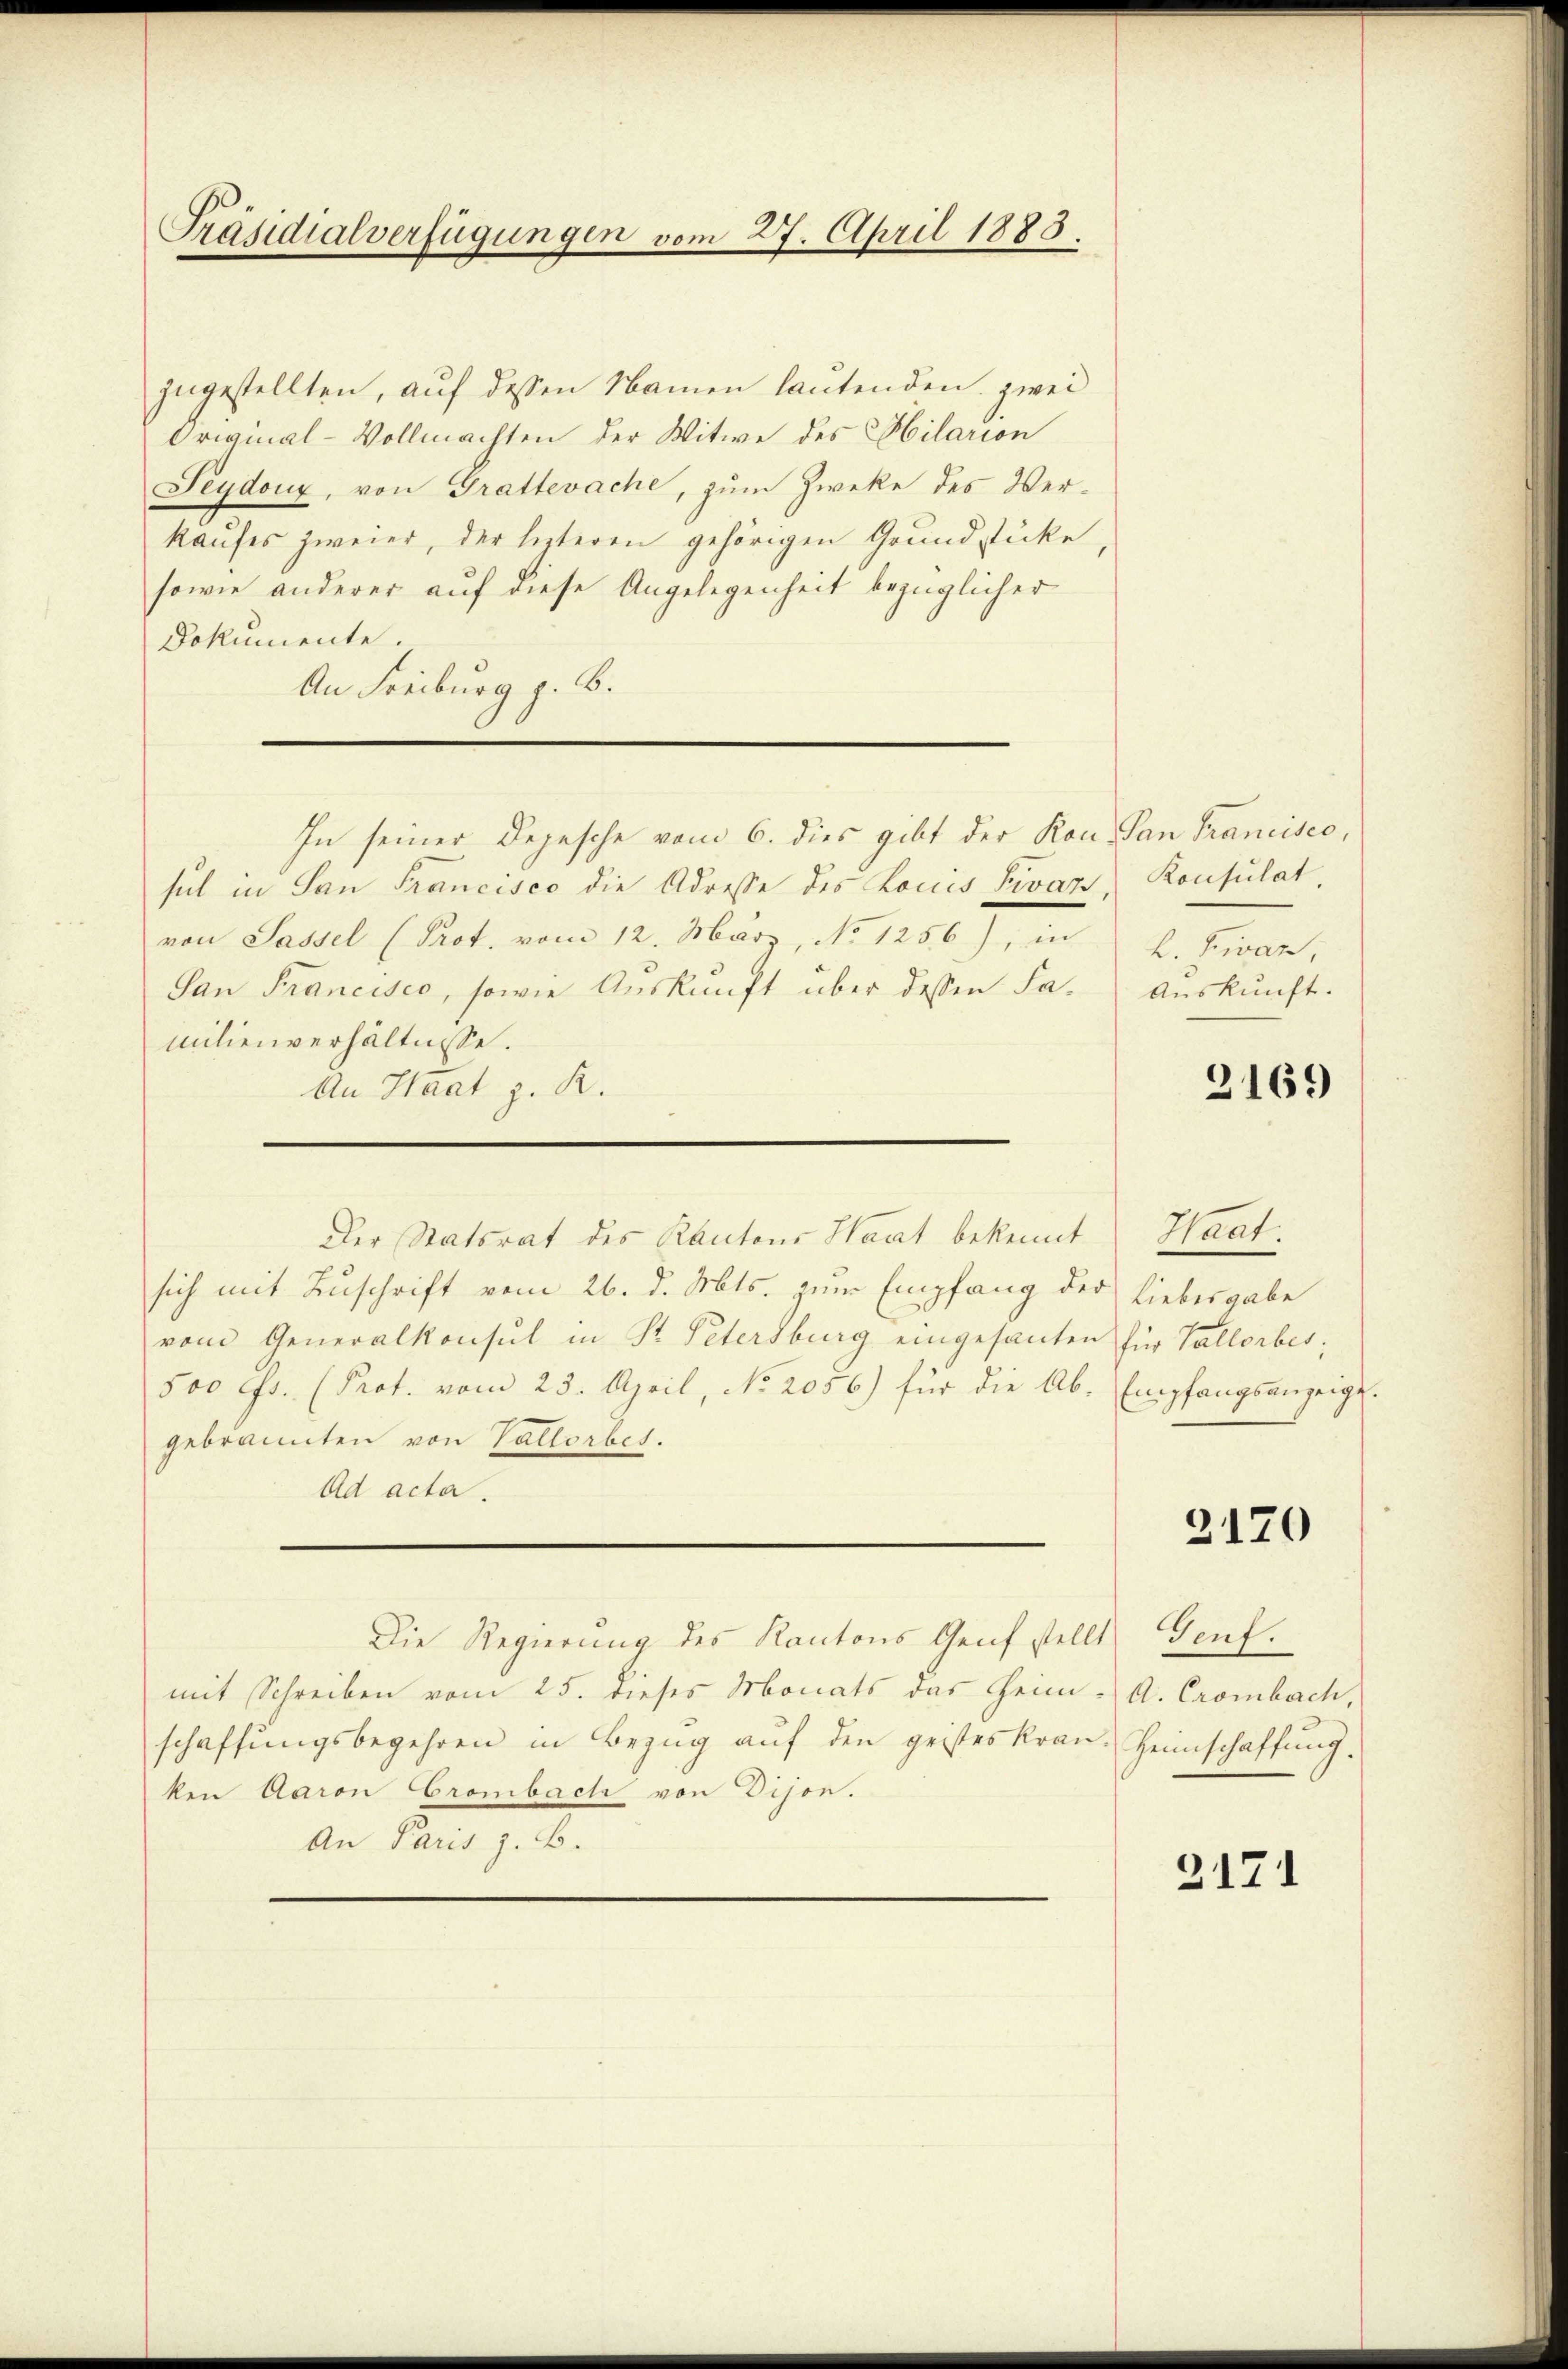
Präsidialverfügungen vom 27. April 1883.

In seiner Depesche vom 6. dies gibt der Kon- San Francisco,

zugestellten, auf dessen Namen lautenden zwei
Original-Vollmachten der Witwe des Hilarion
Feydoux, von Grattevache, zum Zwecke des Verkaufes zweier, der lezteren gehörigen Grundstücke,
sowie anderer auf diese Angelegenheit bezüglicher
Dokumente.
An Freiburg z. B.
sul in San Francisco die Adresse des Louis Pivaz,
von Sassel (Prot. vom 12. März, No 1256), in
Gan Francisco, sowie Auskunft über dessen Samilienverhältnisse.
An Haat z. R.
Der Statsrat des Kantons Haat bekennt
sich mit Zuschrift vom 26. d. Mts. zum Empfang der Liebesgabe
vom Generalkonsul in St. Petersburg eingesanten für Vallorbes,
500 Fr. (Prot. vom 23. April, No. 2056) für die Ab- Empfangsanzeigt.
gebrannten von Vallorbes.
Ad acta.
Die Regierung des Kantons Genf stellt
mit Schreiben vom 25. dieses Monats das Heim-
schaffungsbegehren in Bezug auf den geisteskran. Heimschaffung.
ken Aaron Grombach von Dison.
An Paris z. B.

Konsulat,
h. Fivar,
Auskunft.

2169

Haat.

2170

Genf.
A. Crombach,

2171